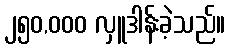
၂၅၀,၀၀၀ လှူဒါန်းခဲ့သည်။